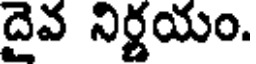
దైవ నిర్ణయం.